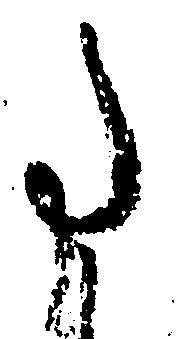
事